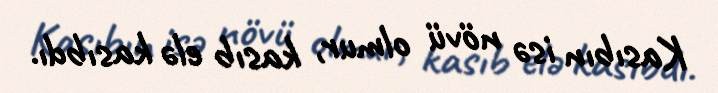
Kasıbın isə növü olmur, kasıb elə kasıbdı.